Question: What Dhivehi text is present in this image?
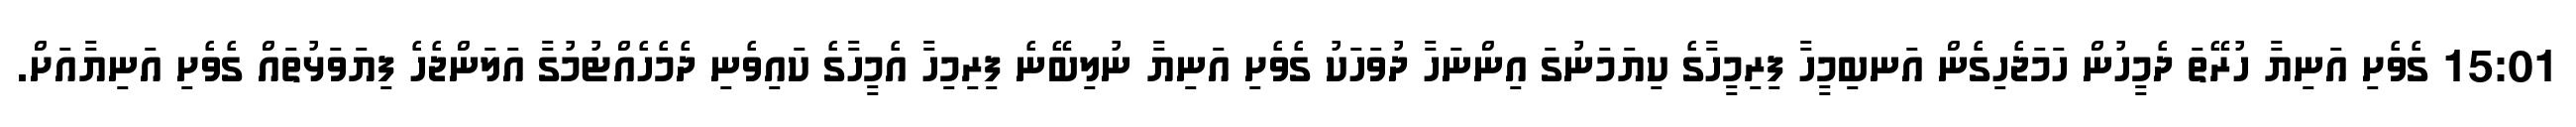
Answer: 15:01 ގެވެށި އަނިޔާ ހުރޭތަ ދެމީހުން ހަމަޖެހިގެން އަނބިމީހާ ފިރިމީހާގެ ކިޔަމަނުގަ އިންނަހާ ދުވަހަކު ގެވެށި އަނިޔާ ނުލިބޭނެ ފިރިމިހާ އެމީހާގެ ކައިވެނި ދެމެހެއްޓުމުގާ އަލަންޖެހެ ފިޔަވަޅުތައް ގެވެށި އަނިޔާއަށް.